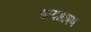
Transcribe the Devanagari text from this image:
अल्पभाषण